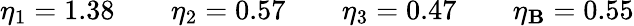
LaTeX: \eta_{1}=1.38\qquad\eta_{2}=0.57\qquad\eta_{3}=0.47\qquad\eta_{\mathbf{B}}=0.55